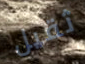
ثقيل